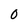
Character: 0